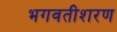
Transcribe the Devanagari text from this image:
भगवतीशरण